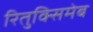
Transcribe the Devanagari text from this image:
रितुक्सिमेब